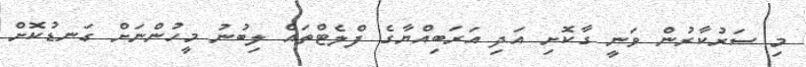
މި ސަރުކާރުން ވަނީ ގާކޮށި އަދި އަރަބިއްޔާގެ ފްލެޓްތައް ލިބުނު މީހުންނަށް ގަނޑުކޮށް